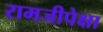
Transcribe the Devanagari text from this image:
रामजीपेक्षा